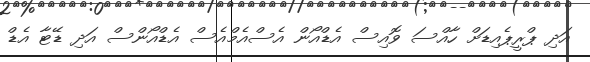
އަދި ޕްރީޕެއިޑަށް ހާއްސަ ވޮއިސް އެޑްއޯން އެސްއެމްއެސް އެޑްއޯންސް އަދި ޑޭޓާ އެޑް